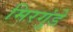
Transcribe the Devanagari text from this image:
मिरगुंडे